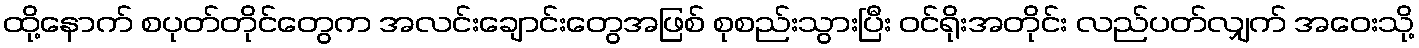
ထို့နောက် စပုတ်တိုင်တွေက အလင်းချောင်းတွေအဖြစ် စုစည်းသွားပြီး ဝင်ရိုးအတိုင်း လည်ပတ်လျှက် အဝေးသို့